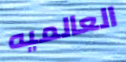
العالميه